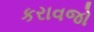
કરાવજો